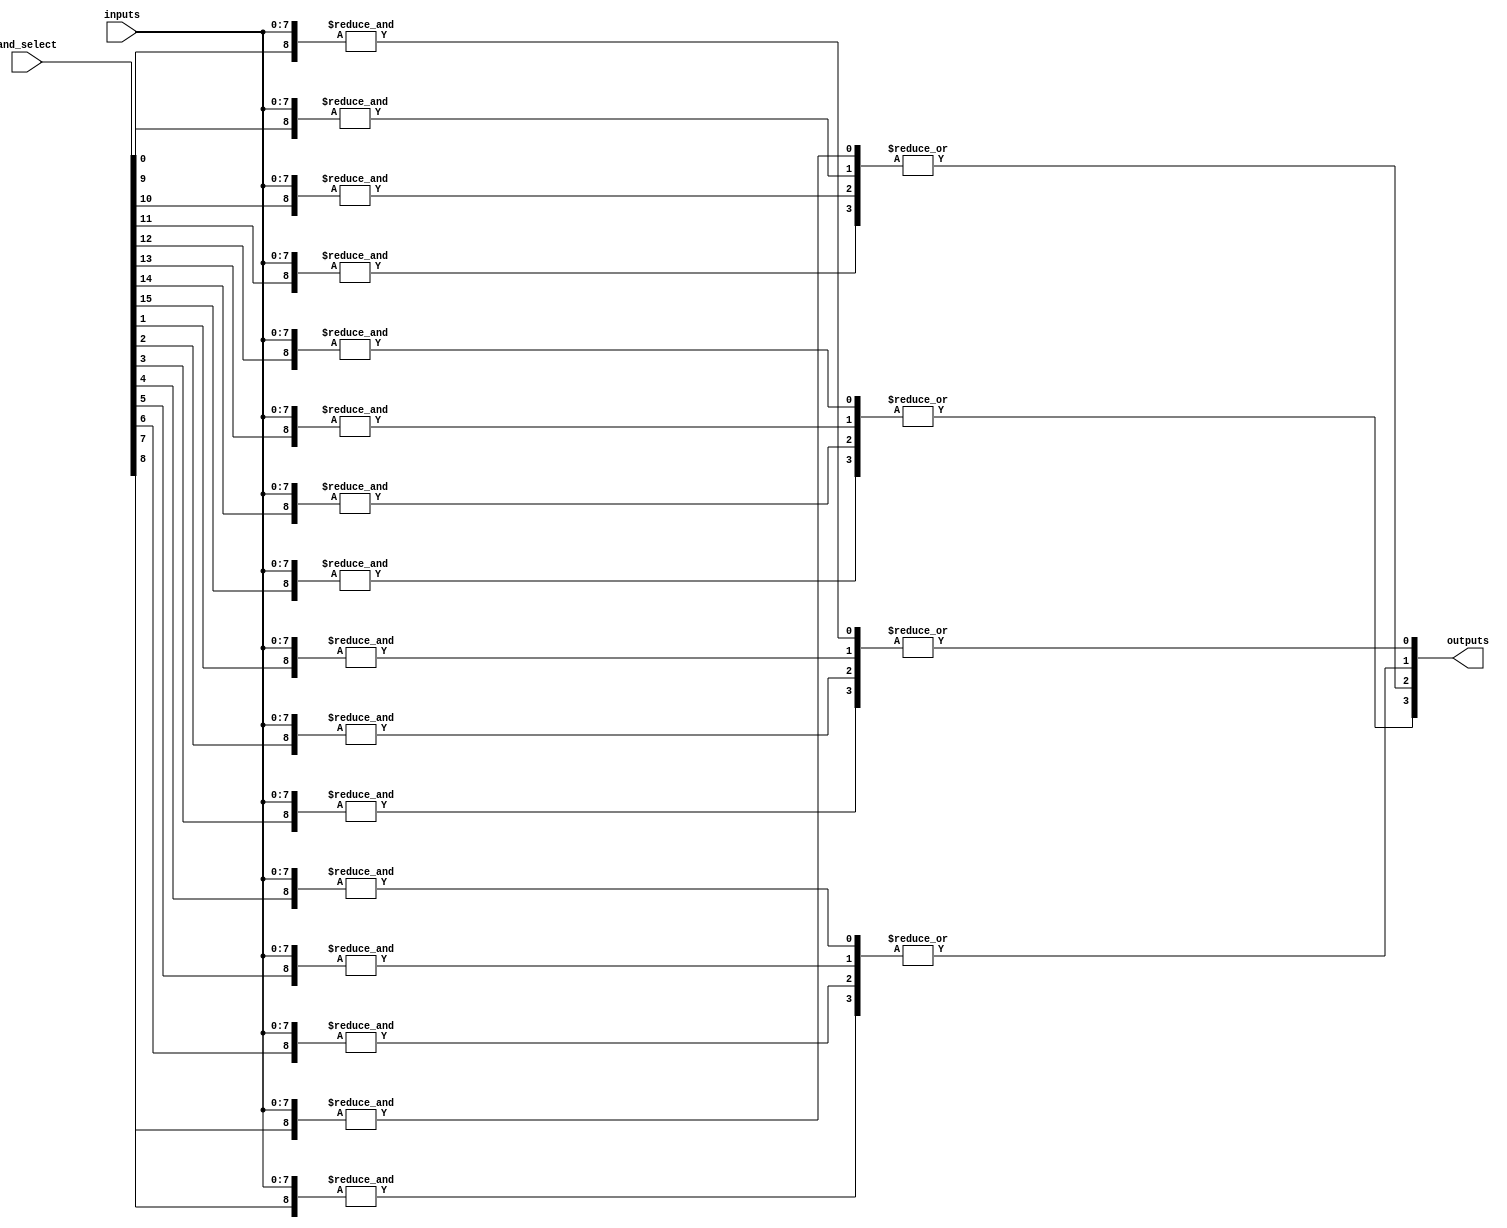
module hs_pal (
    input wire [N-1:0] inputs,         // Input lines
    input wire [M-1:0] and_select,     // Select lines for AND gates
    output wire [P-1:0] outputs        // Output lines
);

// Parameter Definitions
parameter N = 8;   // Number of input lines
parameter M = 16;  // Number of programmable AND gates
parameter P = 4;   // Number of OR gates (outputs)

// Programmable AND Array
wire [M-1:0] and_outputs; // Outputs of the AND gates

genvar i, j;
generate
    for (i = 0; i < M; i = i + 1) begin : and_array
        assign and_outputs[i] = &({and_select[i], inputs}); // AND operation based on select
    end
endgenerate

// Fixed OR Array
wire [P-1:0] or_outputs; // Outputs of the OR gates

generate
    for (j = 0; j < P; j = j + 1) begin : or_array
        assign or_outputs[j] = |(and_outputs[j*4 +: 4]); // Example: ORing 4 product terms together
    end
endgenerate

// Connect outputs to the final outputs
assign outputs = or_outputs;

endmodule